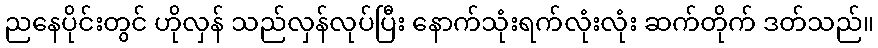
ညနေပိုင်းတွင် ဟိုလှန် သည်လှန်လုပ်ပြီး နောက်သုံးရက်လုံးလုံး ဆက်တိုက် ဒတ်သည်။